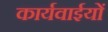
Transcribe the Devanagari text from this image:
कार्यवाईयों